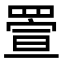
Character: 𦋠